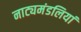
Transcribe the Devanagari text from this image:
नाट्यमंडलियां